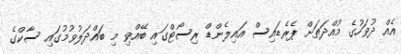
އެއް ދުވަހުގެ މުއްދަތަށް ޕެރެޑައިސް އައިލެންޑް ރިސޯޓްގައި ބޭއްވި މި ބައްދަލުވުމުގައި ސާކްގެ